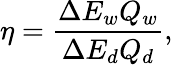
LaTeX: \eta=\frac{\Delta E_{w}Q_{w}}{\Delta E_{d}Q_{d}},